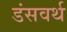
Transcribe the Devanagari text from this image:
डंसवर्थ